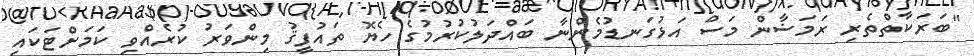
"ބަރަކާތްތެރި ރަމަޟާން މަސް އަޅުގަނޑުމެންނާ ބައްދަލުކުރުމުގެ ހެޔޮ ތައުފީޤު މިންވަރު ކުރެއްވި ކަމަށްޓަކައި